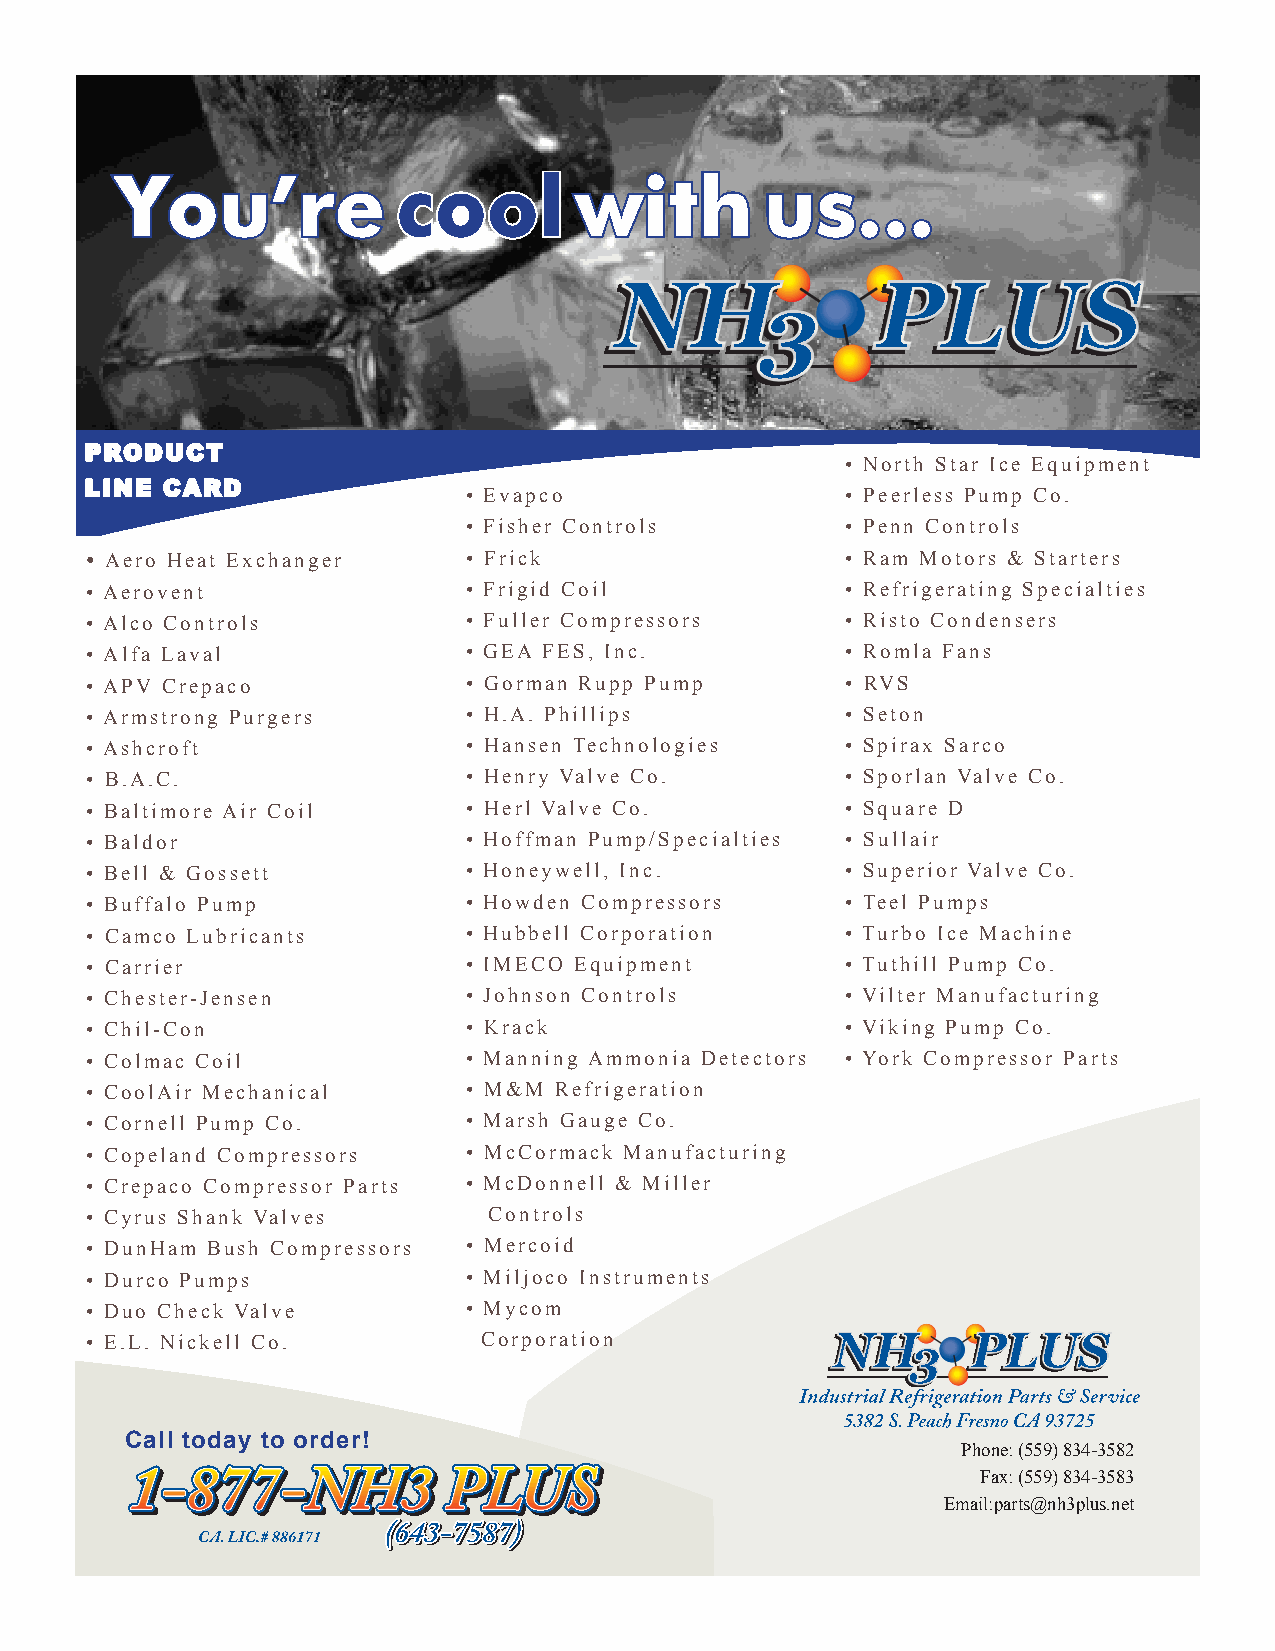
You’re            cool        with         us...
 • North Star Ice Equipment
 • Evapco                 • Peerless Pump Co.
 • Fisher Controls        • Penn Controls
 • Aero Heat Exchanger    • Frick                  • Ram Motors & Starters
 • Aerovent               • Frigid Coil            • Refrigerating Specialties
 • Alco Controls          • Fuller Compressors     • Risto Condensers
 • Alfa Laval             • GEA FES, Inc.          • Romla Fans
 • APV Crepaco            • Gorman Rupp Pump       • RVS
 • Armstrong Purgers      • H.A. Phillips          • Seton
 • Ashcroft               • Hansen Technologies    • Spirax Sarco
 • B.A.C.                 • Henry Valve Co.        • Sporlan Valve Co.
 • Baltimore Air Coil     • Herl Valve Co.         • Square D
 • Baldor                 • Hoffman Pump/Specialties • Sullair
 • Bell & Gossett         • Honeywell, Inc.        • Superior Valve Co.
 • Buffalo Pump           • Howden Compressors     • Teel Pumps
 • Camco Lubricants       • Hubbell Corporation    • Turbo Ice Machine
 • Carrier                • IMECO Equipment        • Tuthill Pump Co.
 • Chester-Jensen         • Johnson Controls       • Vilter Manufacturing
 • Chil-Con               • Krack                  • Viking Pump Co.
 • Colmac Coil            • Manning Ammonia Detectors • York Compressor Parts
 • CoolAir Mechanical     • M&M Refrigeration
 • Cornell Pump Co.       • Marsh Gauge Co.
 • Copeland Compressors   • McCormack Manufacturing
 • Crepaco Compressor Parts • McDonnell & Miller
 • Cyrus Shank Valves      Controls
 • DunHam Bush Compressors • Mercoid
 • Durco Pumps            • Miljoco Instruments
 • Duo Check Valve        • Mycom
 • E.L. Nickell Co.        Corporation
 Call today to order!
 Phone: (559) 834-3582
 Fax: (559) 834-3583
 Email:parts@nh3plus.net